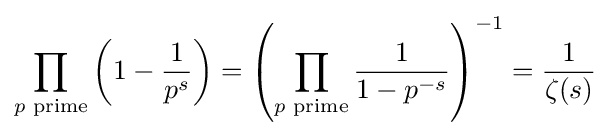
\prod _{p{\text{ prime}}}\left(1-{\frac {1}{p^{s}}}\right)=\left(\prod _{p{\text{ prime}}}{\frac {1}{1-p^{-s}}}\right)^{-1}={\frac {1}{\zeta (s)}}